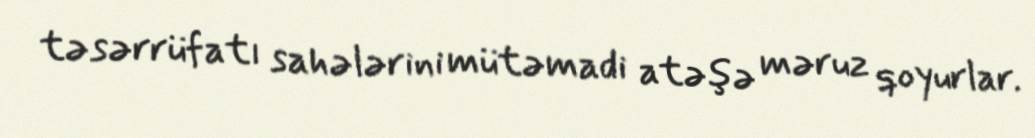
təsərrüfatı sahələrini mütəmadi atəşə məruz qoyurlar.